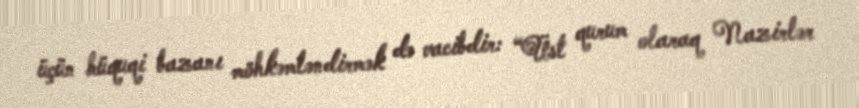
üçün hüquqi bazanı möhkəmləndirmək də vacibdir: “Üst qurum olaraq Nazirlər